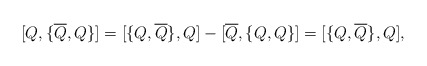
\begin{align*}{[} Q, {\{} \overline{Q}, Q {\}} {]} = {[} {\{}Q, \overline{Q} {\}}, Q {]} - {[} \overline{Q}, {\{} Q , Q {\}} {]} = {[} {\{}Q, \overline{Q} {\}}, Q {]},\end{align*}